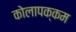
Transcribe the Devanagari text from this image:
कोलापक्कम